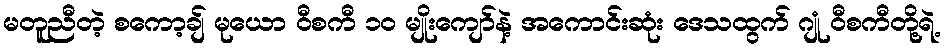
မတူညီတဲ့ စကော့ချ် မုယော ဝီစကီ ၁၀ မျိုးကျော်နဲ့ အကောင်းဆုံး ဒေသထွက် ဂျုံ ဝီစကီတို့ရဲ့